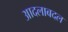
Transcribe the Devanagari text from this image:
आदलाबदल